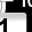
Digit: 1